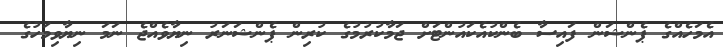
އެމަހެއްގެ ޕެންޝަން ފައިސާ ބެންކުއެކައުންޓަށް ޖަމާކުރުމުގެ ކުރިން ޕެންޝަނަރު ނިޔާވެއްޖެ ނަމަ ނިޔާވިމަހުގެ